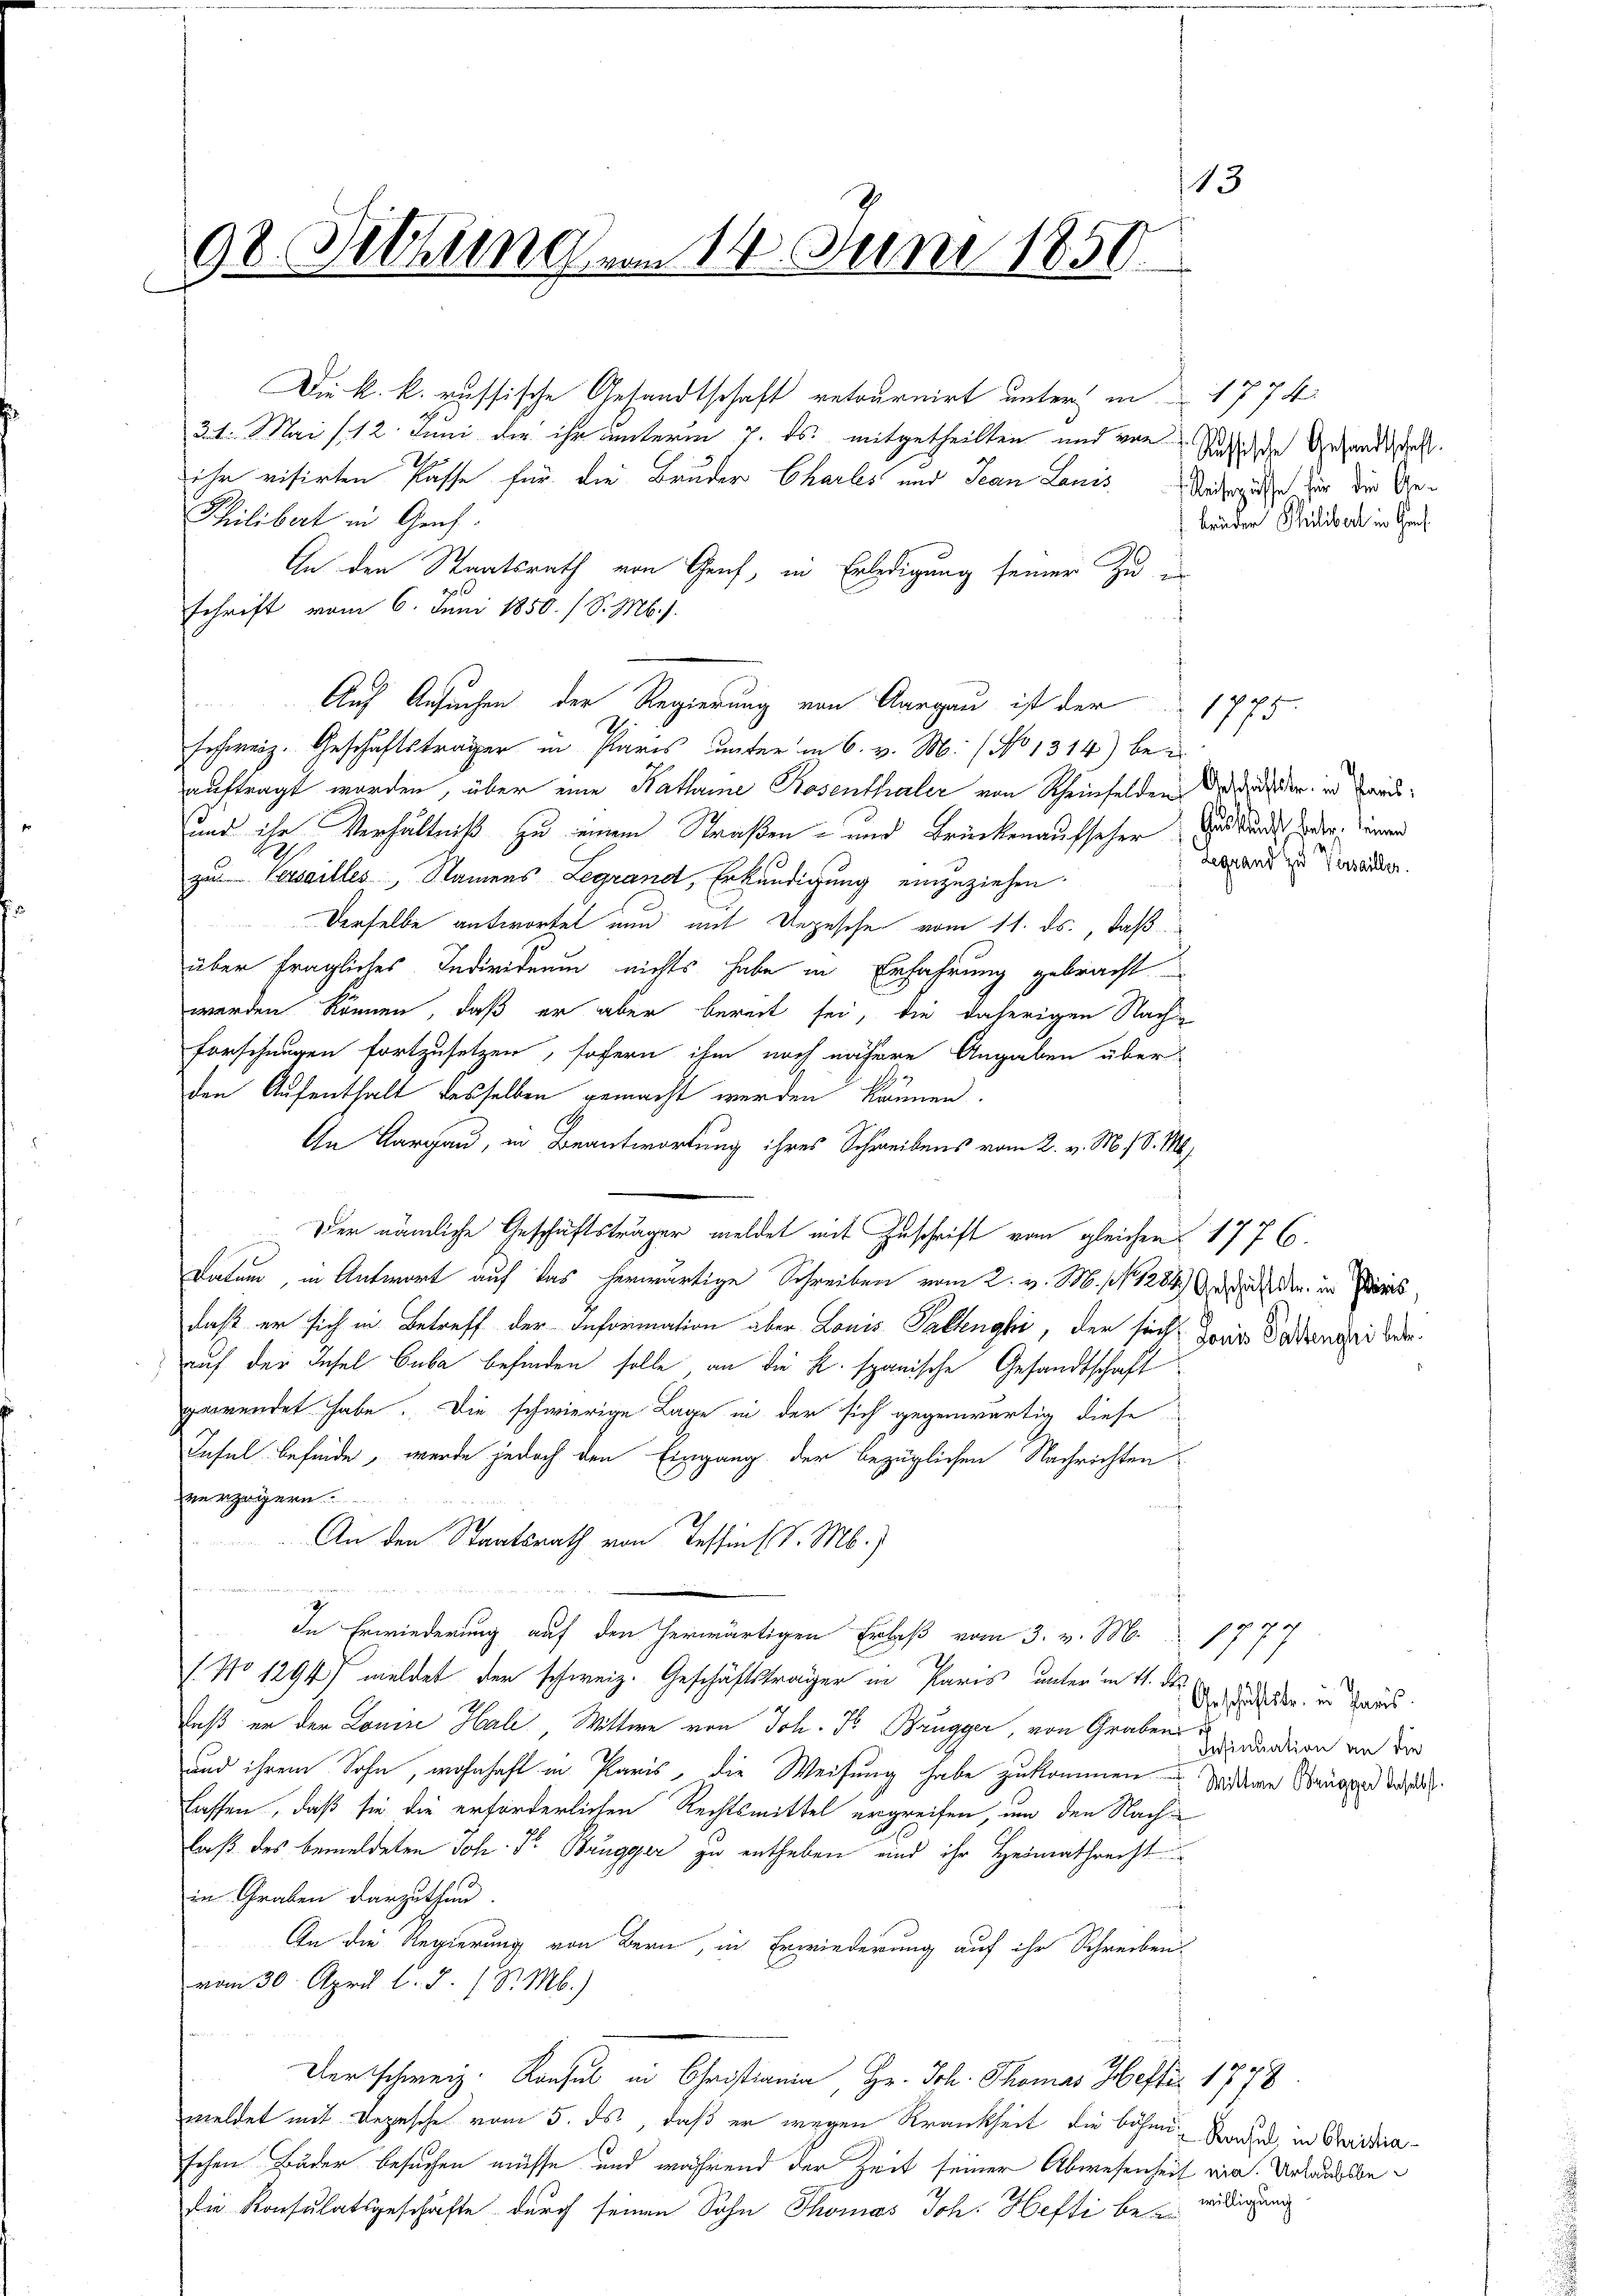
13
92. Sitzung vom 14. Juni 1850

21. Mai (12. Juni die ihr unterm 7. ds. mitgetheilten und von Reiche Gesandtschaft
ihr visirten fasse für die Bruder Charts und Jean Lanis herzusch für der Ge¬
Philibert in Genf.
An den Staatsrath von Genf, in Erledigung seiner Zu in
schrift vom 6. Juni 1850. (S. M.
Auf Ansuchen der Regierung von Aargau ist der 1775.
schweiz. Geschäftsträger in Paris unter in 6. v. M. (No 1314) bei
auftragt worden, über eine Katharine Rosenthaler von Scheinfelden der der in Land¬
und ihr Verhältniß zu einem Straßen- und Brückenaufseher das Bundet oder einen
E
zu Versailles, Namens Legrand, Erkundigung einzuziehen.
Derselbe antwortet und mit Ungesche vom 11. ds., daß
über fragliches Individuum nichts habe in Erfahrung gebracht
werden können, daß er aber bereit sei, die daherigen Nach¬
Forschungen fortzusetzen, sofern ihm noch nähere Angaben über
den Aufenthalt desselben gemacht werden können.
An Aargau, in Beantwortung ihres Schreibens vom 2. v. M. 18. M
Der nämliche Geschäftsträger meldet mit Zuschrift vom gleichen 1776.
Datum, in Antwort auf das herwärtige Schreiben vom 2. v. M. (1284) Gericht den in Paris,
daß er sich in Betreff der Information über Louis Pallnghi, der sich Jena Fadensei der
auf der Fasel Guba befinden solle an die K. spanische Gesandtschaft
gewendet habe. Die schwierige Lage in der sich gegenwärtig diese
Tafel befinde, werde jedoch den Eingang der bezüglichen Nachrichten
verzögern
An den Staatsrath von Tessin (S. M.)
In Erwiederung auf den herwärtigen Erlaß vom 3. v. M. 177
f. No 1294/ meldet der schweiz. Geschäftsträger in Paris unter in 11. d.
daß er der Louise Hali, Wittwe von Joh. Dr Brugger, von Graber
und ihrem Sohn, wohnhaft in Paris, die Weisung habe zukommen Widdere Staubend de
lassen, daß sie die erforderlichen Rechtsmittel ergreifen, um den Nachlaß des bemeldeten Joh. Pr. Brugger zu entheben und ihr Heimathrecht
in Graben darzuthun.
An die Regierung von Bern, in Erwiederung auf ihr Schreibenvom 30. April l. J. 1 S. M.)
Der schweiz. Konsul in Christiania, Hr. Joh. Thomas Hefter 1778
meldet mit Depesche vom 5. ds, daß er wegen Krankheit die bösen Baden, in Fridriaschen Bäder besuchen müsse und während der Zeit seiner Abwesenheit ein Urlaubsbedie Konsulatsgeschäfte durch seinen Sohn Thomas Joh. Hefti bei Wiedigung

Die k. k. russische Gesandtschaft retournirt unter in 1774.
t

Legrand zu Verseiller.

brüder Philibert in Genf

Geschäftstr. in Paris.
Insinuation an die